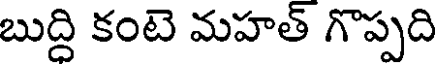
బుద్ది కంటె మహత్ గొప్పది